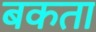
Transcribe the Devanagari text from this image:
बकता